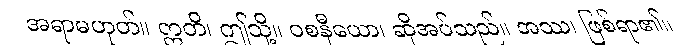
အရာမဟုတ်။ ဣတိ၊ ဤသို့။ ဝစနီယော၊ ဆိုအပ်သည်။ အဿ၊ ဖြစ်ရာ၏။